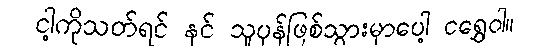
ငါ့ကိုသတ်ရင် နင် သူပုန်ဖြစ်သွားမှာပေါ့ ငရွှေဝါ။